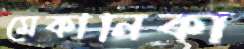
মেকানিকা